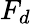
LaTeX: F_{d}